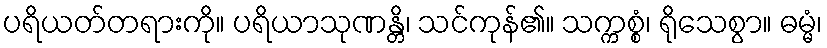
ပရိယတ်တရားကို။ ပရိယာသုဏန္တိ၊ သင်ကုန်၏။ သက္ကစ္စံ၊ ရိုသေစွာ။ ဓမ္မံ၊